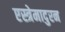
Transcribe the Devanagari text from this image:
एस्त्रेमादुरन